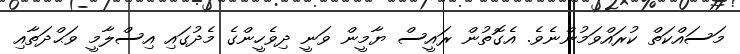
މަސައްކަތް ކުރައްވަމުންނެވެ. އެގޮތުން ރައީސް ޔާމީން ވަނީ ދިވެހީންގެ މެދުގައި އިސްލާމީ ވަޙްދަތާއި